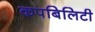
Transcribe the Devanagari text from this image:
कपबिलिटी